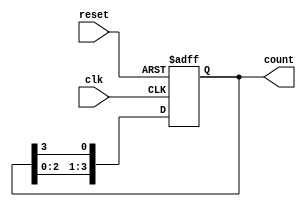
module ring_counter (
    input wire clk,          // Clock input
    input wire reset,        // Asynchronous reset
    output reg [3:0] count   // 4-bit output for the ring counter
);

    // Initial state of the counter
    initial begin
        count = 4'b1000; // Initialize to 1000
    end

    // Always block triggered on the rising edge of the clock or reset
    always @(posedge clk or posedge reset) begin
        if (reset) begin
            count <= 4'b1000; // Reset to initial state
        end else begin
            // Shift the '1' to the next flip-flop
            count <= {count[2:0], count[3]}; // Rotate left
        end
    end

endmodule